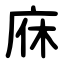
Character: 庥